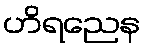
ဟိရညေန